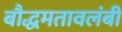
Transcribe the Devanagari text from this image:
बौद्धमतावलंबी